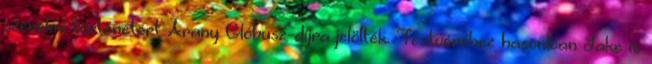
szerelmi történetért Arany Glóbusz-díjra jelölték. Testvéréhez hasonlóan Jake is